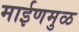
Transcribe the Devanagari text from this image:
माईणमुळ